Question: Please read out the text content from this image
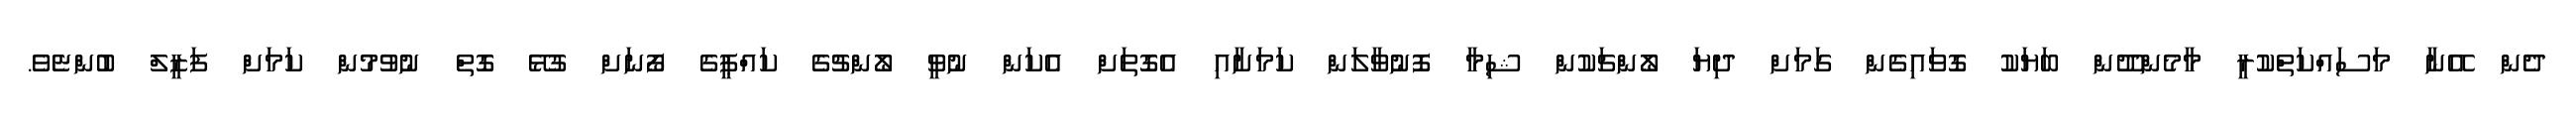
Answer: ދެން އޭނާ މަސައްކަތްކުރީ މާމެންދޫން ބަޔަކު ގޮވައިގެން ގަމަށް ދިޔަ ލޯންޗަކުން ޝިމާ ފޮނުވާލަން ކަމަށާއި އެގޮތަށް އެކަން ނުވީ ލޯންޗުގެ ކައްޕީގެ ފޯނަށް ގުޅޭ ގޮތް ނުވުމުން ކަމަށް ފަޒީލް ބުންޏެވެ.